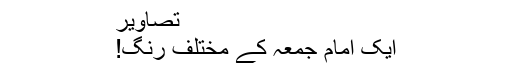
تصاویر
ایک امام جمعہ کے مختلف رنگ!